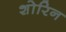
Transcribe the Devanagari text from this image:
शोरिन